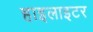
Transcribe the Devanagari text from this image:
हाइलाइटर